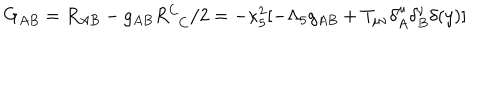
LaTeX: G _ { A B } = R _ { A B } - g _ { A B } R _ { \phantom { C } C } ^ { C } / 2 = - \kappa _ { 5 } ^ { 2 } [ - \Lambda _ { 5 } g _ { A B } + T _ { \mu \nu } \delta _ { A } ^ { \mu } \delta _ { B } ^ { \nu } \delta ( y ) ]